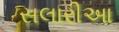
સલારીઆ